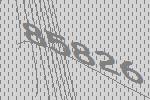
85826